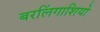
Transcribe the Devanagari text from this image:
बरलिंगाशियो